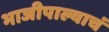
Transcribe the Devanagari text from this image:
भाजीपाल्याचं